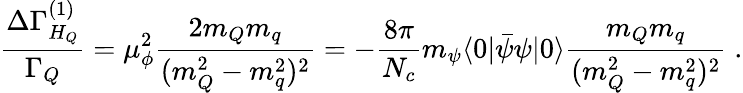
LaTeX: \frac{\Delta\Gamma_{H_{Q}}^{(1)}}{\Gamma_{Q}}=\mu_{\phi}^{2}\frac{2m_{Q}m_{q}}{(m_{Q}^{2}-m_{q}^{2})^{2}}=-\frac{8\pi}{N_{c}}m_{\psi}\langle 0|{\bar{\psi}}\psi|0\rangle\frac{m_{Q}m_{q}}{(m_{Q}^{2}-m_{q}^{2})^{2}}\; .